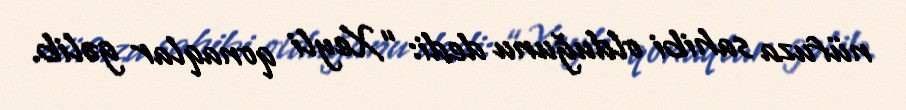
nüfuza sahibi olduğunu dedi: “Xeyli qonaqlar gəlib.